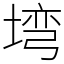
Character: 塆